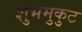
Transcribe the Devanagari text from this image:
शुभमुकुट